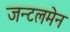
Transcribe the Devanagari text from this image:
जन्टलमेन